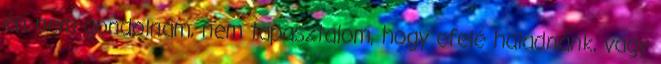
én nem gondolnám, nem tapasztalom, hogy efelé haladnánk, vagy